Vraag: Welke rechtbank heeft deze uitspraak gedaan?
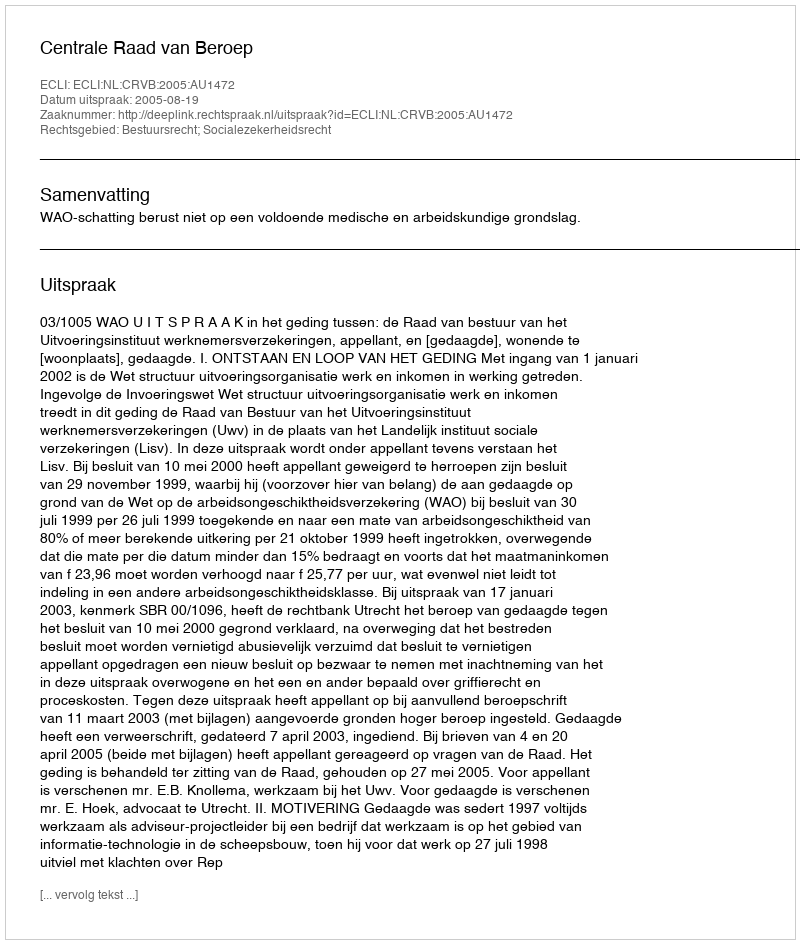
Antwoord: Centrale Raad van Beroep